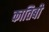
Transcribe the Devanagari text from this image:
कातिबी